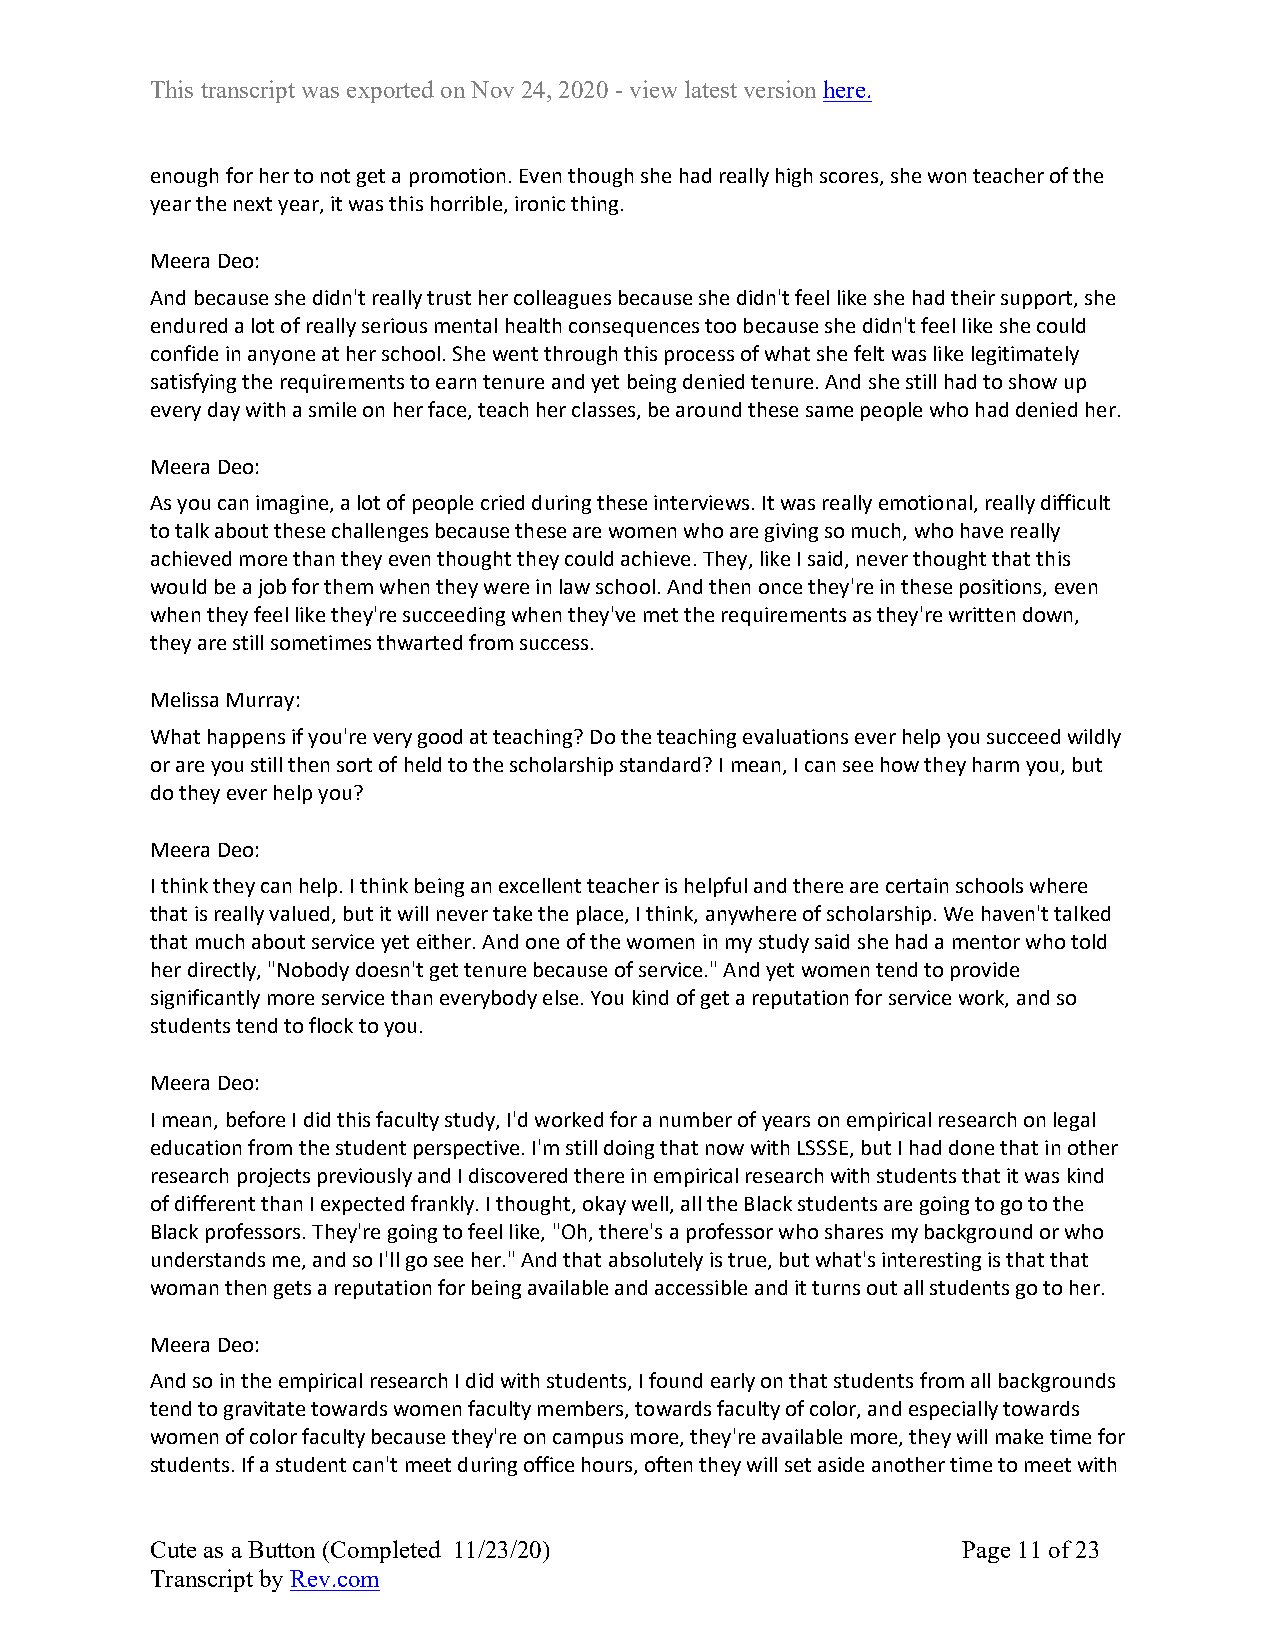
This transcript was exported on Nov 24, 2020 - view latest version here.
 enough for her to not get a promotion. Even though she had really high scores, she won teacher of the
 year the next year, it was this horrible, ironic thing.
 Meera Deo:
 And because she didn't really trust her colleagues because she didn't feel like she had their support, she
 endured a lot of really serious mental health consequences too because she didn't feel like she could
 confide in anyone at her school. She went through this process of what she felt was like legitimately
 satisfying the requirements to earn tenure and yet being denied tenure. And she still had to show up
 every day with a smile on her face, teach her classes, be around these same people who had denied her.
 Meera Deo:
 As you can imagine, a lot of people cried during these interviews. It was really emotional, really difficult
 to talk about these challenges because these are women who are giving so much, who have really
 achieved more than they even thought they could achieve. They, like I said, never thought that this
 would be a job for them when they were in law school. And then once they're in these positions, even
 when they feel like they're succeeding when they've met the requirements as they're written down,
 they are still sometimes thwarted from success.
 Melissa Murray:
 What happens if you're very good at teaching? Do the teaching evaluations ever help you succeed wildly
 or are you still then sort of held to the scholarship standard? I mean, I can see how they harm you, but
 do they ever help you?
 Meera Deo:
 I think they can help. I think being an excellent teacher is helpful and there are certain schools where
 that is really valued, but it will never take the place, I think, anywhere of scholarship. We haven't talked
 that much about service yet either. And one of the women in my study said she had a mentor who told
 her directly, "Nobody doesn't get tenure because of service." And yet women tend to provide
 significantly more service than everybody else. You kind of get a reputation for service work, and so
 students tend to flock to you.
 Meera Deo:
 I mean, before I did this faculty study, I'd worked for a number of years on empirical research on legal
 education from the student perspective. I'm still doing that now with LSSSE, but I had done that in other
 research projects previously and I discovered there in empirical research with students that it was kind
 of different than I expected frankly. I thought, okay well, all the Black students are going to go to the
 Black professors. They're going to feel like, "Oh, there's a professor who shares my background or who
 understands me, and so I'll go see her." And that absolutely is true, but what's interesting is that that
 woman then gets a reputation for being available and accessible and it turns out all students go to her.
 Meera Deo:
 And so in the empirical research I did with students, I found early on that students from all backgrounds
 tend to gravitate towards women faculty members, towards faculty of color, and especially towards
 women of color faculty because they're on campus more, they're available more, they will make time for
 students. If a student can't meet during office hours, often they will set aside another time to meet with
 Cute as a Button (Completed 11/23/20)                 Page 11 of 23
 Transcript by Rev.com